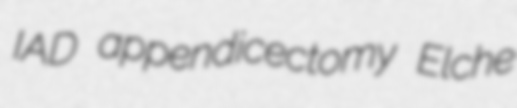
IAD appendicectomy Elche